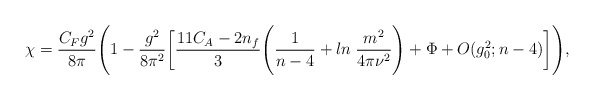
\begin{align*}\chi=\frac{C_{F}g^{2}}{8\pi}\Biggl( 1-\frac{g^{2}}{8\pi^{2}}\biggl[ \frac{11C_{A}-2n_{f}}{3}\Biggl( \frac{1}{n-4}+ln\;\frac{m^{2}}{4\pi\nu^{2}} \Biggr)+\Phi+O(g^{2}_{0};n-4) \biggr] \Biggr),\end{align*}